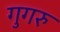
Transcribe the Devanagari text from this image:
गुगरु